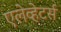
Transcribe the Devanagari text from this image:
एलेव्हेटर्स